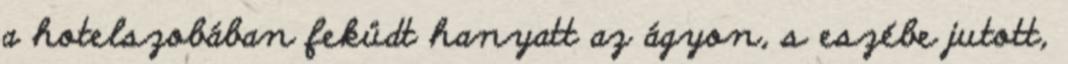
a hotelszobában feküdt hanyatt az ágyon, s eszébe jutott,